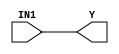
module hardcopyiii_and1 (Y, IN1);
   input IN1;
   output Y;
   specify
      (IN1 => Y) = (0, 0);
   endspecify
   buf (Y, IN1);
endmodule